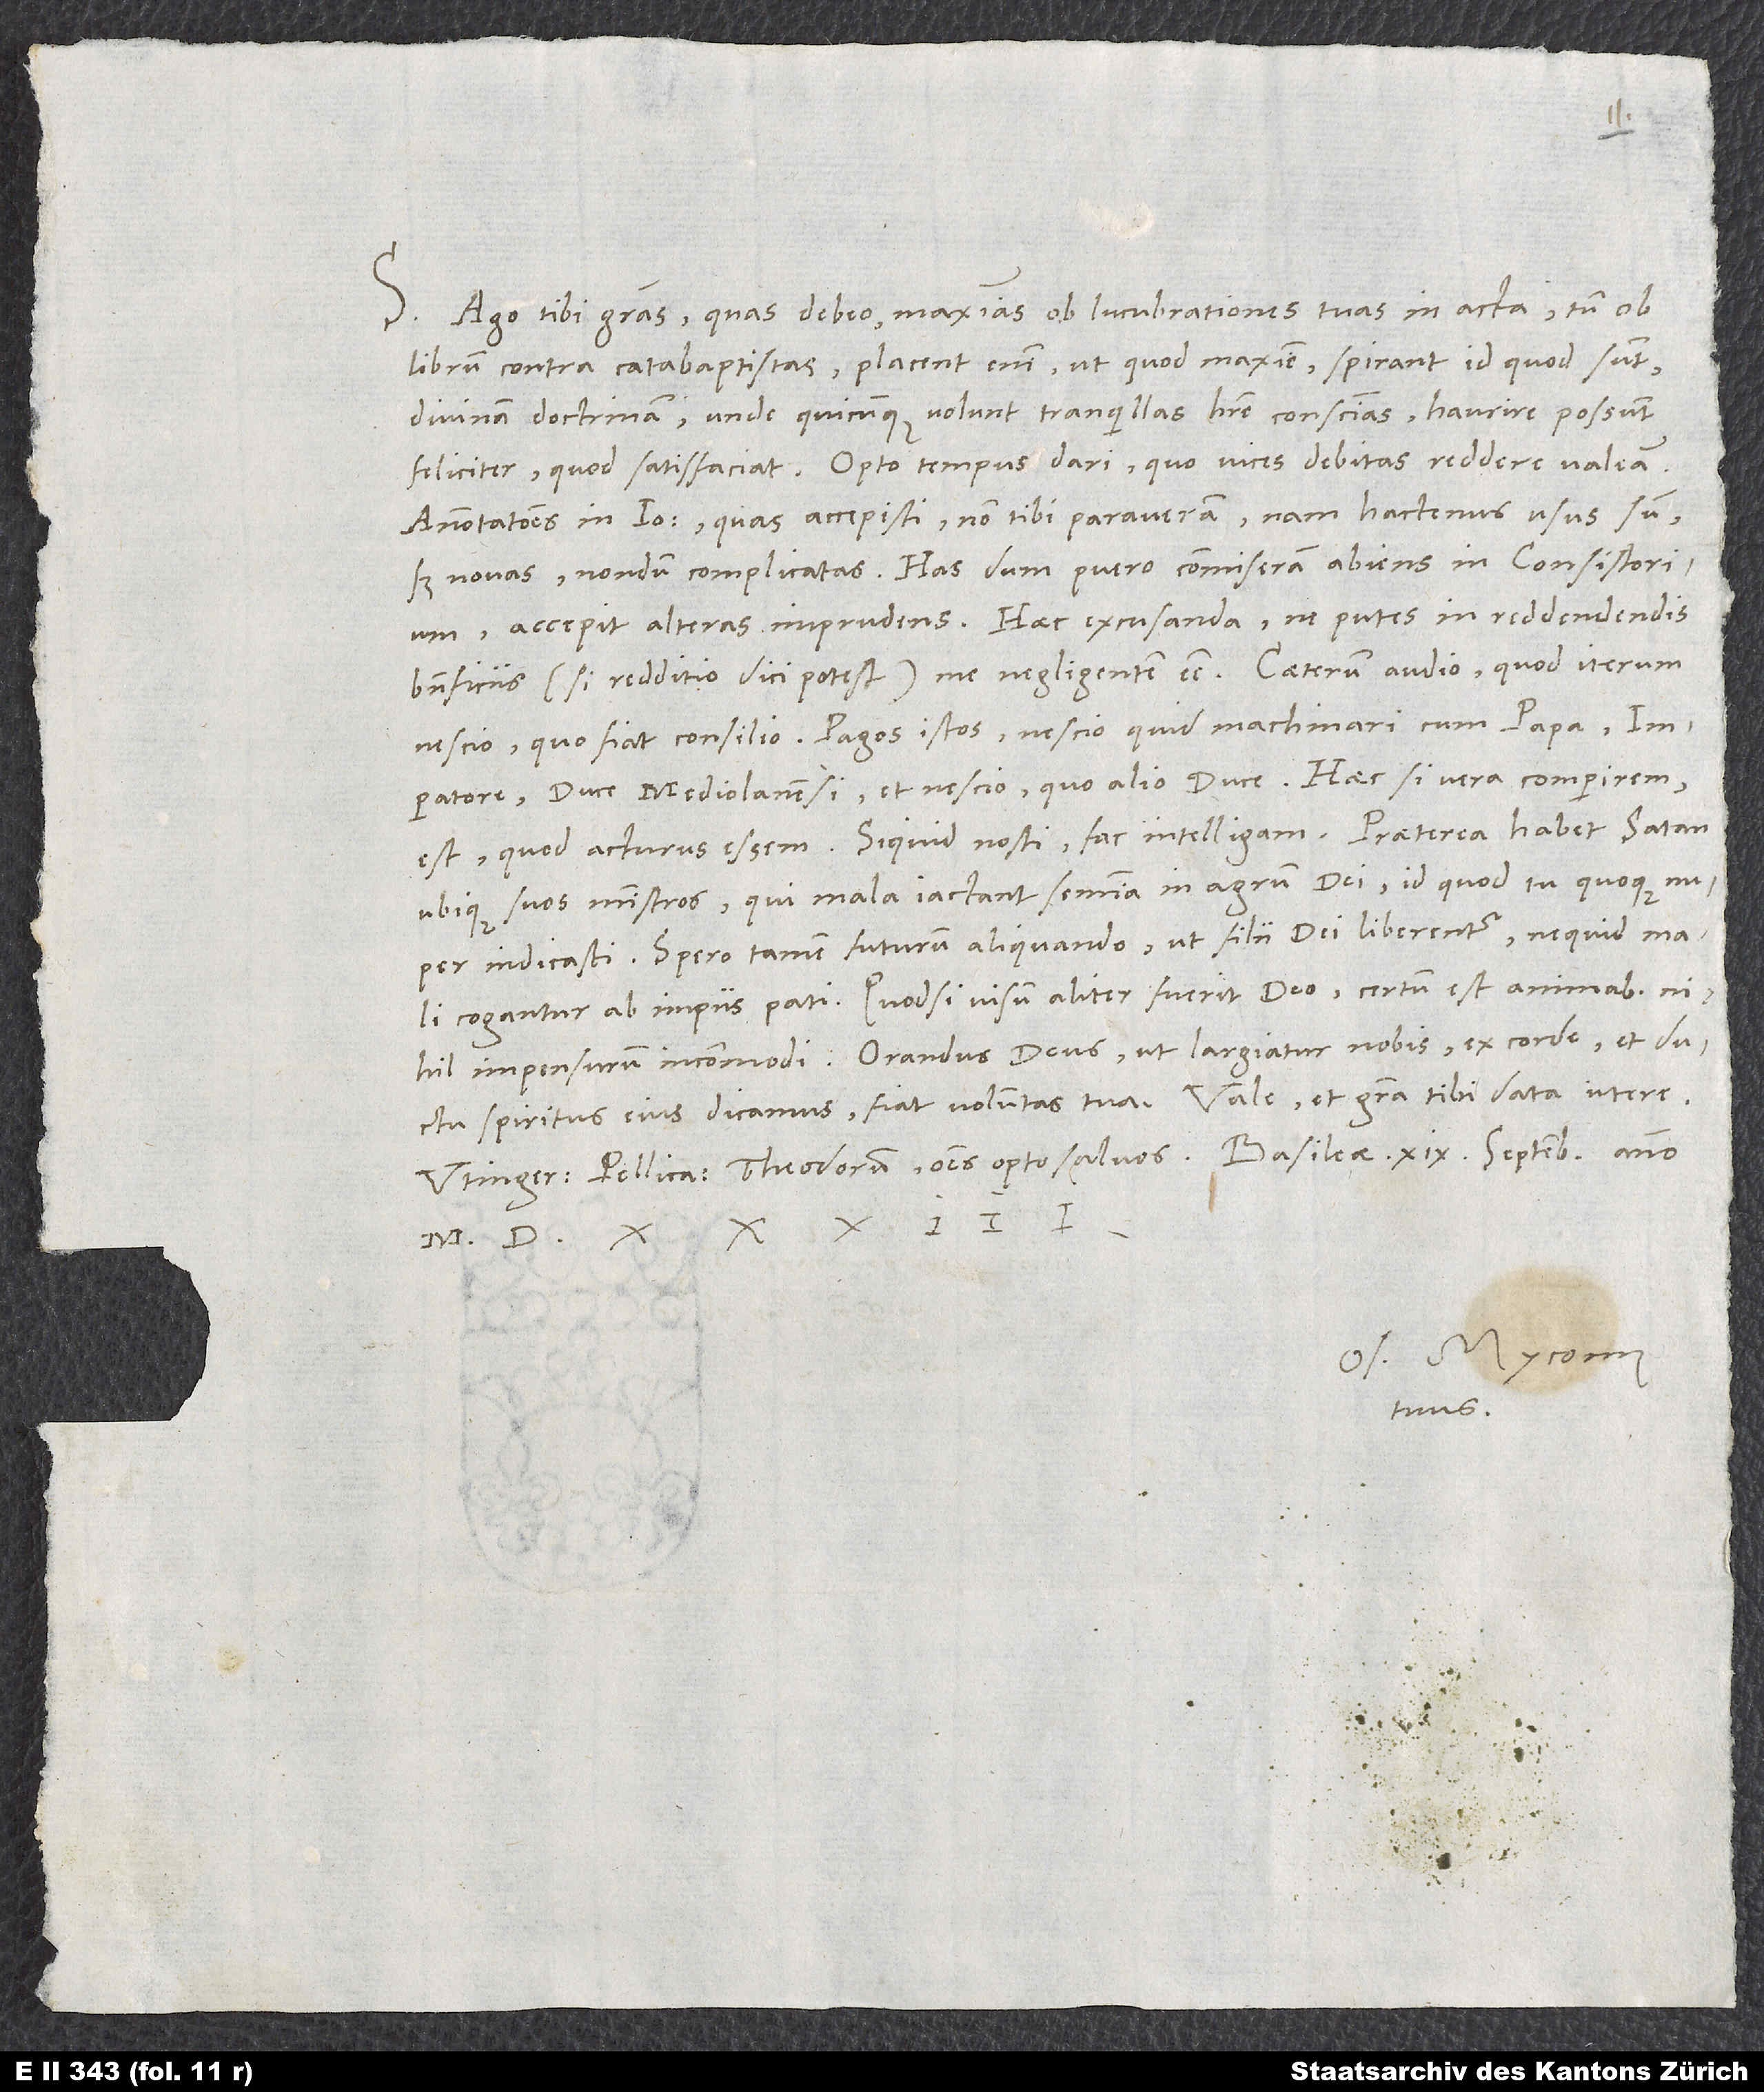
S. Ago tibi gratias, quas debeo, maximas ob lucubrationes tuas in Acta, tum ob
librum contra catabaptistas. Placent enim, ut quod maxime spirant id, quod sunt,
divinam doctrinam, unde quicunque volunt tranquillas habere conscientias, haurire possunt
feliciter, quod satisfaciat. Opto tempus dari, quo vices debitas reddere valeam.
nescio quo fiat consilio, Pagos istos nescio quid machinari cum papa,
imperatore, duce Mediolanensi et nescio quo alio duce. Haec si vera comperirem,
est, quod acturus essem. Si quid nosti, fac intelligam. Praeterea habet satan
ubique suos ministros, qui mala iactant semina in agrum dei, id quod tu quoque nuper
indicasti. Spero tamen futurum aliquando, ut filii dei liberentur, ne quid mali
cogantur ab impiis pati. Quodsi visum aliter fuerit deo, certum est animabus
nihil impensurum incommodi. Orandus deus, ut largiatur nobis ex corde et ductu
Os. Myconius
tuus.